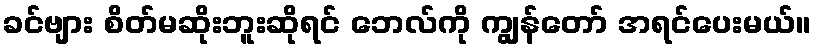
ခင်ဗျား စိတ်မဆိုးဘူးဆိုရင် ဘေလ်ကို ကျွန်တော် အရင်ပေးမယ်။